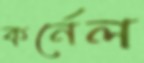
কর্নেল